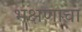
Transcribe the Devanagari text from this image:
भक्षणाचा